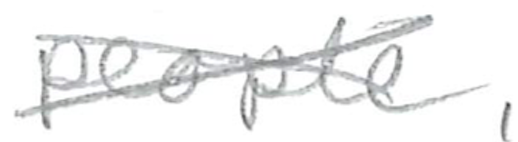
Text: people,
Cross-out: cross
Writing tool: pencil